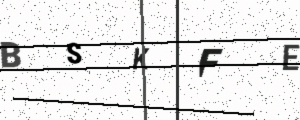
Text: BSKFE